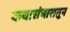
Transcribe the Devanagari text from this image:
कथासंभारातून